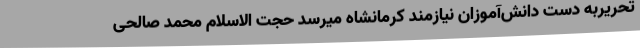
تحریربه دست دانش‌آموزان نیازمند کرمانشاه میرسد حجت الاسلام محمد صالحی